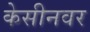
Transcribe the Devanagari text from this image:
केसीनवर